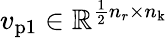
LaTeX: v_{\mathrm{p1}}\in\mathbb{R}^{\frac{1}{2}n_{r}\times n_{\mathrm{k}}}